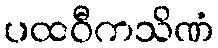
ပထဝီကသိဏံ